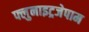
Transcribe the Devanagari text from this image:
फ्लुनाइट्रजेपाम